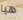
هيا